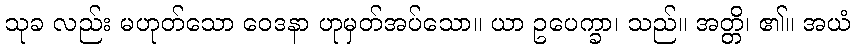
သုခ လည်း မဟုတ်သော ဝေဒနာ ဟုမှတ်အပ်သော။ ယာ ဥပေက္ခာ၊ သည်။ အတ္တိ၊ ၏။ အယံ